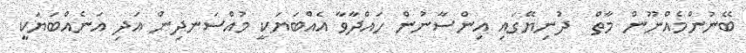
ބޭނުންމެއްނޫން މާތް  ދުނިޔޭގައި އިންސާނުން ހައްދާވާ އެއްބަޔަކީ މުއްސަނދިން އަދި އަނެއްބަޔަކީ